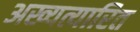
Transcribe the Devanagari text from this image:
अख्यत्यारित